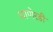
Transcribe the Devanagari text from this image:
धाणेरडी